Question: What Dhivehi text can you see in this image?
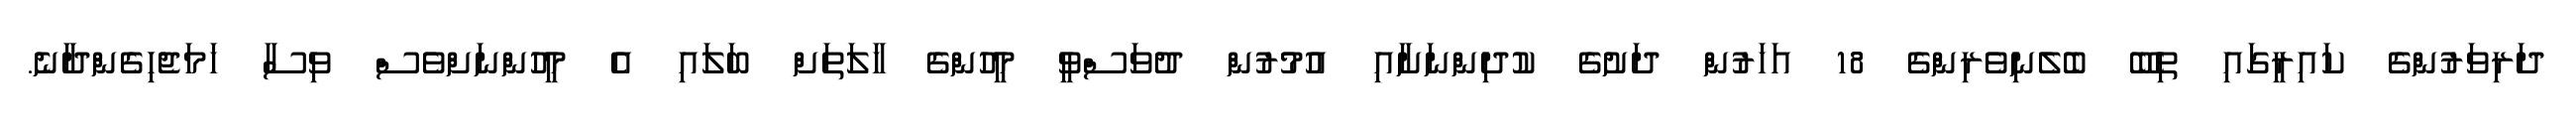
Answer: ދަރިވަރުންގެ ކައިރީގައި ތިބޭ ބެލެނިވެރިންގެ 18 އަހަރުން ދަށުގެ ކުދިންނަށާއި އުމުރުން ދުވަސްވީ މީހުންގެ ހާލަތަށް ބަލައި އެ މީހުންނަށްވެސް ވިސާ ހަމަޖެހިގެންދާނެ.